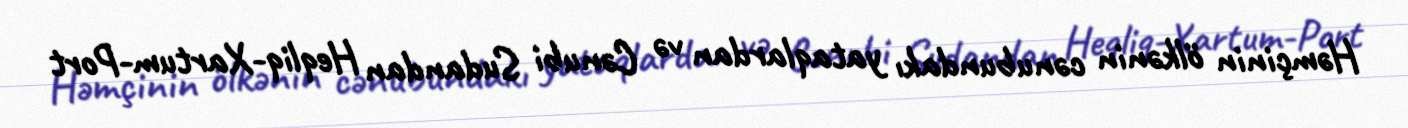
Həmçinin ölkənin cənubundakı yataqlardan və Cənubi Sudandan Heqliq-Xartum-Port